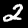
Label: 2